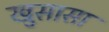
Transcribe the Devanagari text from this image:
खुसासा